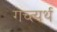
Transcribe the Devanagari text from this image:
गच्त्यर्थ